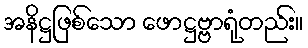
အနိဋ္ဌဖြစ်သော ဖောဋ္ဌဗ္ဗာရုံတည်း။